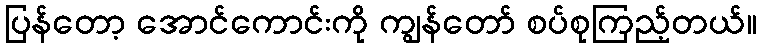
ပြန်တော့ အောင်ကောင်းကို ကျွန်တော် စပ်စုကြည့်တယ်။